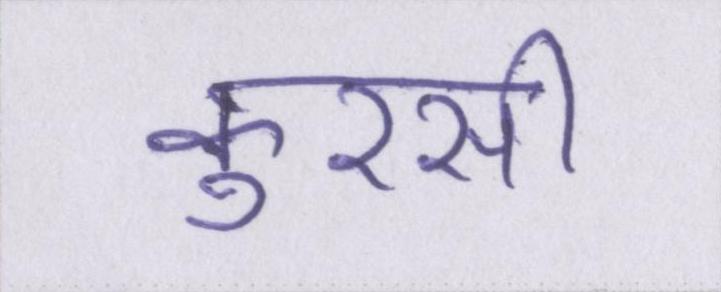
कुरसी